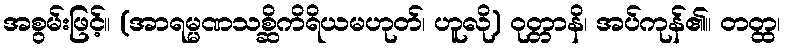
အစွမ်းဖြင့်။ (အာရမ္မဏသစ္ဆိကိရိယမဟုတ်၊ ဟူလို) ဝုတ္တာနိ၊ အပ်ကုန်၏။ တတ္ထ၊